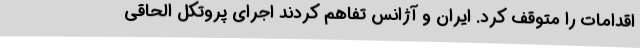
اقدامات را متوقف کرد. ایران و آژانس تفاهم کردند اجرای پروتکل الحاقی